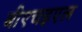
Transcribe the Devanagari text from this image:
बीएचइएल